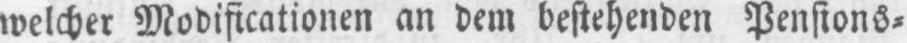
welcher Modificationen an dem bestehenden Pensions⸗